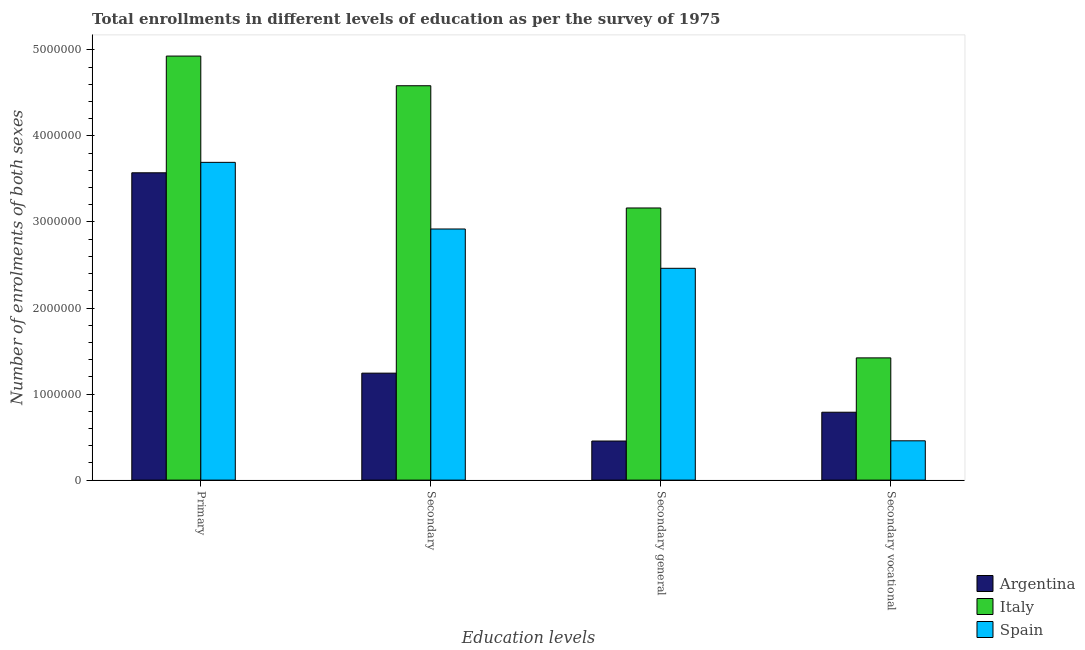
| Education levels | Argentina | Italy | Spain |
 | --- | --- | --- | --- |
 | Primary | 3.57e+06 | 4.93e+06 | 3.69e+06 |
 | Secondary | 1.24e+06 | 4.58e+06 | 2.92e+06 |
 | Secondary general | 4.54e+05 | 3.16e+06 | 2.46e+06 |
 | Secondary vocational | 7.89e+05 | 1.42e+06 | 4.57e+05 |